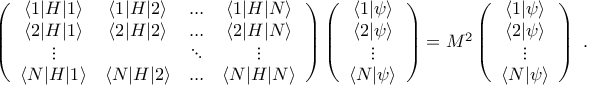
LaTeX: \left( \begin{array} { c c c c } { { \langle 1 | H | 1 \rangle } } & { { \langle 1 | H | 2 \rangle } } & { { \ldots } } & { { \langle 1 | H | N \rangle } } \\ { { \langle 2 | H | 1 \rangle } } & { { \langle 2 | H | 2 \rangle } } & { { \ldots } } & { { \langle 2 | H | N \rangle } } \\ { { \vdots } } & { { } } & { { \ddots } } & { { \vdots } } \\ { { \langle N | H | 1 \rangle } } & { { \langle N | H | 2 \rangle } } & { { \ldots } } & { { \langle N | H | N \rangle } } \end{array} \right) \left( \begin{array} { c } { { \langle 1 | \psi \rangle } } \\ { { \langle 2 | \psi \rangle } } \\ { { \vdots } } \\ { { \langle N | \psi \rangle } } \end{array} \right) = M ^ { 2 } \left( \begin{array} { c } { { \langle 1 | \psi \rangle } } \\ { { \langle 2 | \psi \rangle } } \\ { { \vdots } } \\ { { \langle N | \psi \rangle } } \end{array} \right) \ .